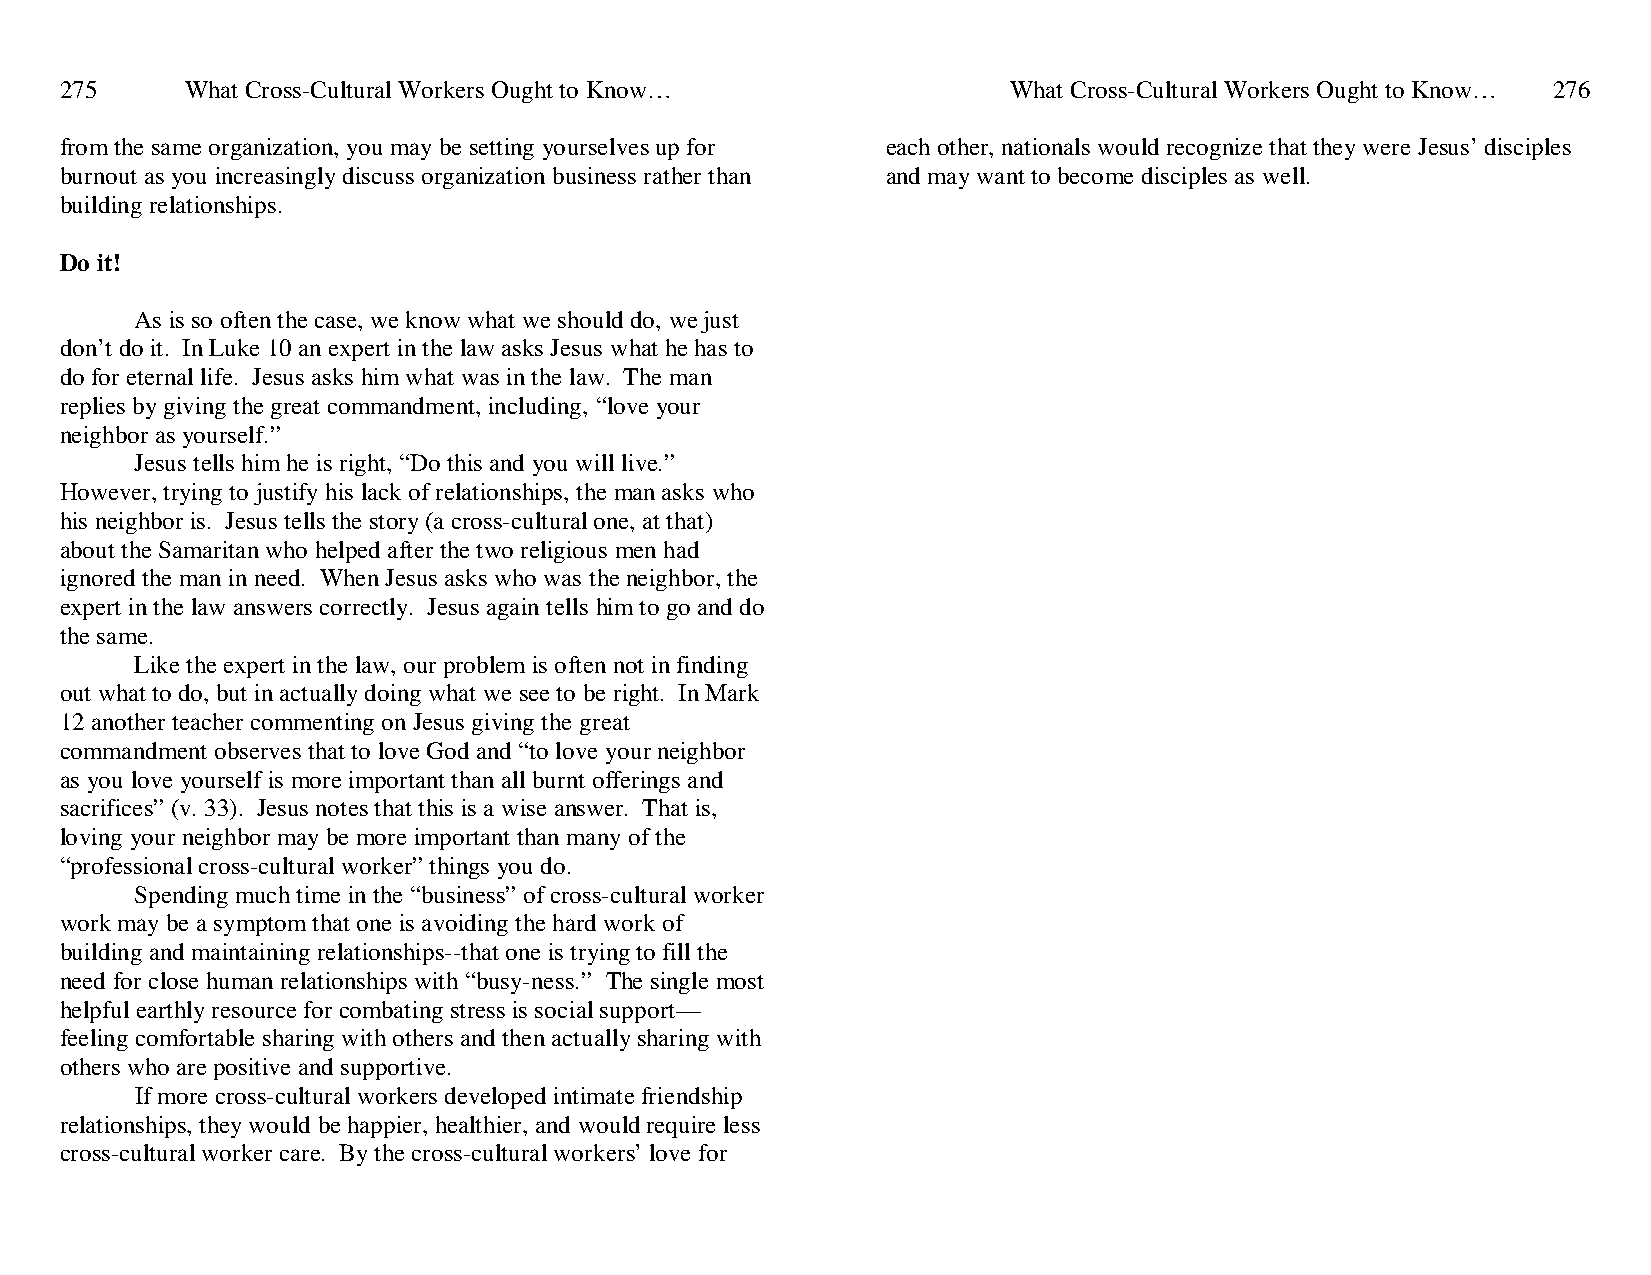
275     What Cross-Cultural Workers Ought to Know…             What Cross-Cultural Workers Ought to Know… 276
 from the same organization, you may be setting yourselves up for each other, nationals would recognize that they were Jesus’ disciples
 burnout as you increasingly discuss organization business rather than and may want to become disciples as well.
 building relationships.
 Do it!
 As is so often the case, we know what we should do, we just
 don’t do it. In Luke 10 an expert in the law asks Jesus what he has to
 do for eternal life. Jesus asks him what was in the law. The man
 replies by giving the great commandment, including, “love your
 neighbor as yourself.”
 Jesus tells him he is right, “Do this and you will live.”
 However, trying to justify his lack of relationships, the man asks who
 his neighbor is. Jesus tells the story (a cross-cultural one, at that)
 about the Samaritan who helped after the two religious men had
 ignored the man in need. When Jesus asks who was the neighbor, the
 expert in the law answers correctly. Jesus again tells him to go and do
 the same.
 Like the expert in the law, our problem is often not in finding
 out what to do, but in actually doing what we see to be right. In Mark
 12 another teacher commenting on Jesus giving the great
 commandment observes that to love God and “to love your neighbor
 as you love yourself is more important than all burnt offerings and
 sacrifices” (v. 33). Jesus notes that this is a wise answer. That is,
 loving your neighbor may be more important than many of the
 “professional cross-cultural worker” things you do.
 Spending much time in the “business” of cross-cultural worker
 work may be a symptom that one is avoiding the hard work of
 building and maintaining relationships--that one is trying to fill the
 need for close human relationships with “busy-ness.” The single most
 helpful earthly resource for combating stress is social support—
 feeling comfortable sharing with others and then actually sharing with
 others who are positive and supportive.
 If more cross-cultural workers developed intimate friendship
 relationships, they would be happier, healthier, and would require less
 cross-cultural worker care. By the cross-cultural workers’ love for